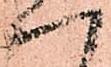
一